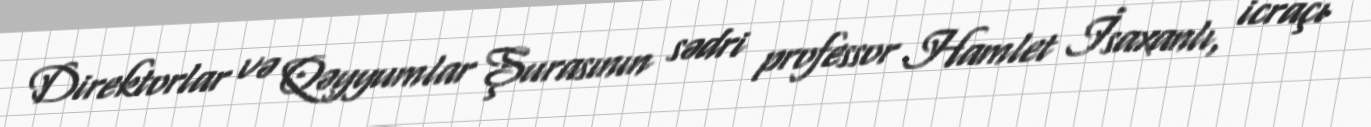
Direktorlar və Qəyyumlar Şurasının sədri professor Hamlet İsaxanlı, icraçı